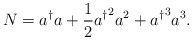
\begin{align*}N = a^{\dagger} a + \frac{1}{2}{ a^{\dagger} }^2 a^2+ { a^{\dagger} }^3 a^3. \end{align*}